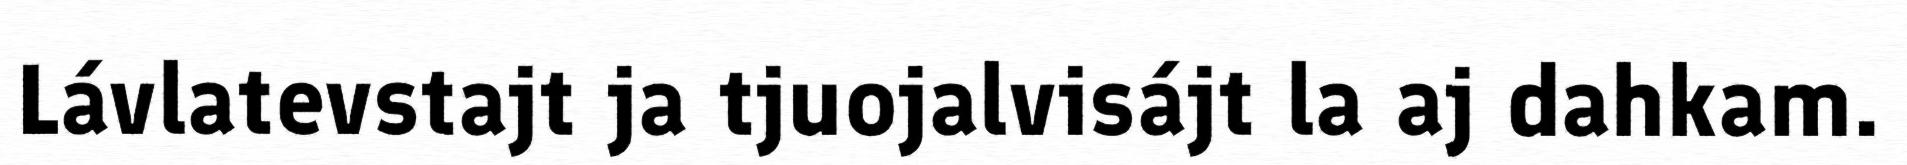
Lávlatevstajt ja tjuojalvisájt la aj dahkam.